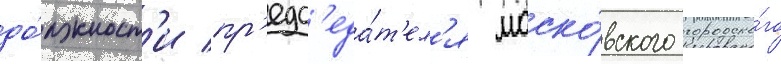
до́лжност'и пр'едс'еда́т'ел'я моско́вского городско́го